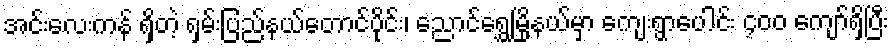
အင်းလေးကန် ရှိတဲ့ ရှမ်းပြည်နယ်တောင်ပိုင်း၊ ညောင်ရွှေမြို့နယ်မှာ ကျေးရွာပေါင်း ၄၀၀ ကျော်ရှိပြီး